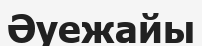
Әуежайы